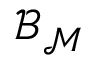
{ \mathcal { B } } _ { { \mathcal { M } } }